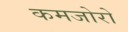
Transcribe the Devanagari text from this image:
कमजोरो